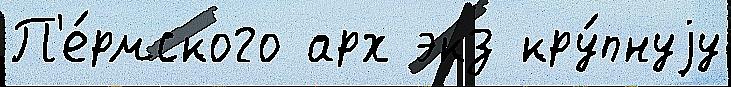
П'е́рмского арх экз кру́пнуjу